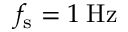
f _ { \mathrm { s } } = 1 \: \mathrm { H z }